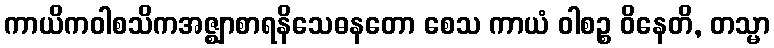
ကာယိကဝါစသိကအဇ္ဈာစာရနိသေဓနတော စေသ ကာယံ ဝါစဉ္စ ဝိနေတိ, တသ္မာ